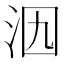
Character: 𣲶